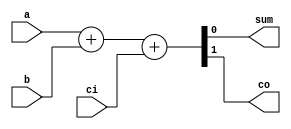
module addbit(
  a,  // first input
  b,  // second input
  ci, // carry input
  sum, // sum output
  co   // carry output
);
input wire a;
input wire b;
input wire ci;

output wire sum;
output wire co;

assign {co, sum} = a + b + ci;

endmodule